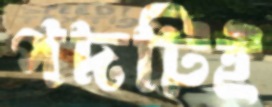
পদটিই